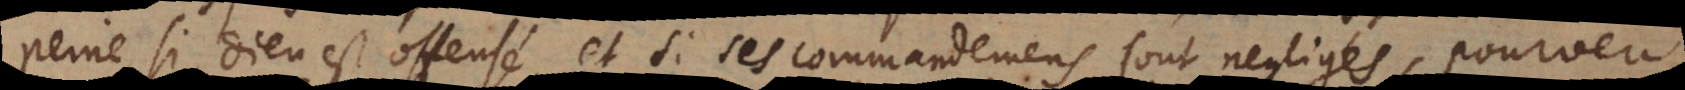
peine, si Dieu est offensé, et si ses commandemens sont negligés, pourveu